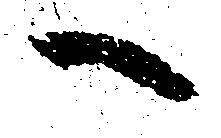
へ